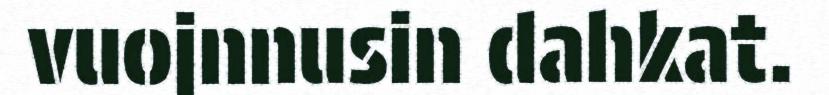
vuojnnusin dahkat.